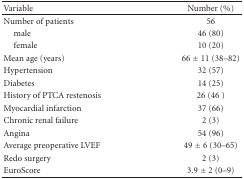
<table><thead><tr><td><b>Variable</b></td><td><b>Number (%)</b></td></tr></thead><tbody><tr><td>Number of patients</td><td>56</td></tr><tr><td> male</td><td>46 (80)</td></tr><tr><td> female</td><td>10 (20)</td></tr><tr><td>Mean age (years)</td><td>66 ± 11 (38–82)</td></tr><tr><td>Hypertension</td><td>32 (57)</td></tr><tr><td> Diabetes</td><td>14 (25)</td></tr><tr><td>History of PTCA restenosis</td><td>26 (46 )</td></tr><tr><td>Myocardial infarction</td><td>37 (66)</td></tr><tr><td>Chronic renal failure</td><td>2 (3)</td></tr><tr><td>Angina</td><td>54 (96)</td></tr><tr><td>Average preoperative LVEF</td><td>49 ± 6 (30–65)</td></tr><tr><td>Redo surgery</td><td>2 (3)</td></tr><tr><td>EuroScore</td><td>3.9 ± 2 (0–9)</td></tr></tbody></table>